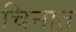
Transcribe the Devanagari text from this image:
चिनात